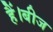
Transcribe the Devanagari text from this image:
हैं।बीज